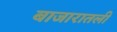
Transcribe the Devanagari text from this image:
बाजारातली